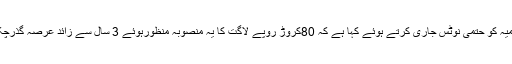
ہائرایجوکیشن کمیشن کے پلاننگ اینڈ ڈویلپمنٹ ڈویژن نیقراقرم انٹرنیشنل یونیورسٹی کی انتظامیہ کو حتمی نوٹس جاری کرتے ہوئے کہا ہے کہ 80کروڑ روپے لاگت کا یہ منصوبہ منظورہوئے 3 سال سے زائد عرصہ گذرچکا ہے اور تاحال یونیورسٹی مختص اراضی پر تنازعہ کے باعث کام شروع نہ کراسکی ہے ۔